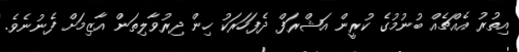
އިތުރު އެއްޗެއް ބުނުމުގެ ކުރީން އަޝްރަފް ދެފަހަރަކު ހިން ދިރުވާލިތަން އާޒިމަށް ފެނުނެވެ.